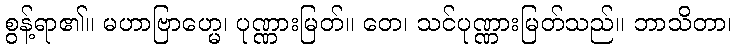
စွန့်ရာ၏။ မဟာဗြာဟ္မေ၊ ပုဏ္ဏားမြတ်။ တေ၊ သင်ပုဏ္ဏားမြတ်သည်။ ဘာသိတာ၊